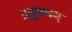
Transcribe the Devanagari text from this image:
आडुगणम्